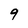
Character: 9